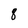
Character: 8